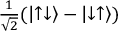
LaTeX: \textstyle { \frac { 1 } { \sqrt { 2 } } } ( \left| \uparrow \downarrow \right\rangle - \left| \downarrow \uparrow \right\rangle )